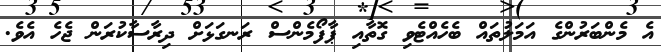
އެ މެންބަރުންގެ އަމަލުތައް ބެހެއްޓެވި ގޮތާއި ޕާފޯމެންސް ރަނގަޅަށް ދިރާސާކުރަން ޖެހެ އެވެ.